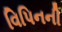
વિપિનની